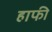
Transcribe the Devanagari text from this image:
हाफी